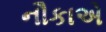
નૌકાએ